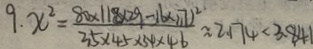
9 . x ^ { 2 } = \frac { ( 8 0 \times 1 1 8 \times 2 9 - 3 6 \times 1 1 7 ) ^ { 2 } } { 3 5 \times 4 5 \times 5 4 \times 4 6 } \approx 2 1 7 4 < 3 . 8 4 1